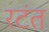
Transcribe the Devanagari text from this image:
रटंत